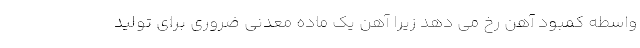
واسطه کمبود آهن رخ می دهد زیرا آهن یک ماده معدنی ضروری برای تولید